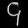
Digit: ၄